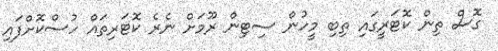
ގޮސް ތިން ކޮޓަރީގައި ތިބި މީހުން ސިޓިން ރޫމަށް ނެރެ ކޮޓަރިތައް ހުސްކޮށްފައި